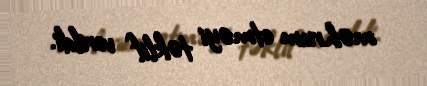
məhrum etməyi təklif verildi.